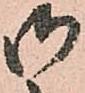
御